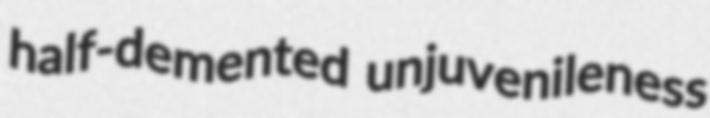
half-demented unjuvenileness